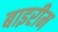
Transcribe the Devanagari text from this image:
बाइरीम